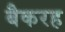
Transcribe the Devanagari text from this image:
बैकरह